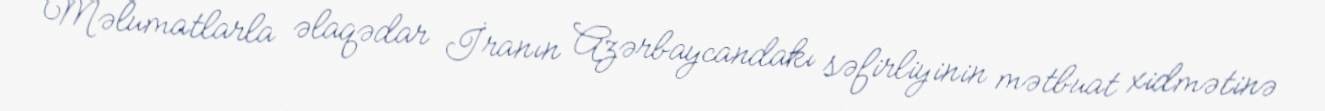
Məlumatlarla əlaqədar İranın Azərbaycandakı səfirliyinin mətbuat xidmətinə